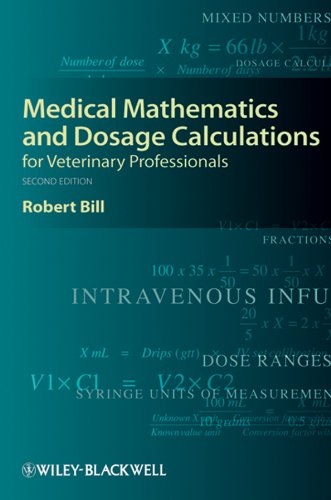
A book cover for Medical Mathematics and Dosage Calculations for Veterinary Professionals; Robert Bill; Medical Books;